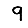
Digit: 9